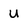
Character: U